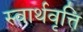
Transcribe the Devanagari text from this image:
स्वार्थवृत्ति